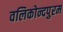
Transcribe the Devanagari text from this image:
वलिकोन्दपुरम